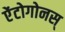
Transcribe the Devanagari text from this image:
ऐंटोगोनस्‌